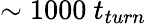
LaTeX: \sim 1000~t_{turn}